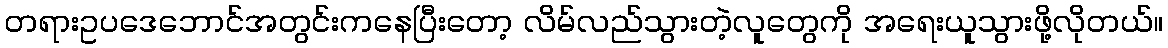
တရားဥပဒေဘောင်အတွင်းကနေပြီးတော့ လိမ်လည်သွားတဲ့လူတွေကို အရေးယူသွားဖို့လိုတယ်။